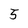
Character: 5